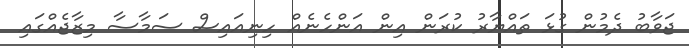
ޖަވާބު ދެމުން ގުޅަ ތައްޔާރު ކުރަން އިން އަންހެނެއް ހިނިއައިސް ސަމާސާ މިޒާޖެއްގައި